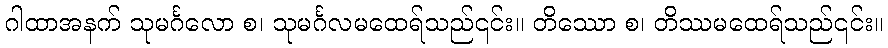
ဂါထာအနက် သုမင်္ဂလော စ၊ သုမင်္ဂလမထေရ်သည်၎င်း။ တိဿော စ၊ တိဿမထေရ်သည်၎င်း။